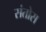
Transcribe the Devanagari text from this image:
संतोस